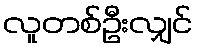
လူတစ်ဦးလျှင်